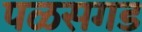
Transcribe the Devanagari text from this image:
पळसगड